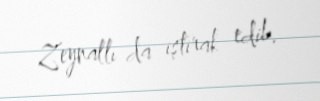
Zeynallı da iştirak edib.